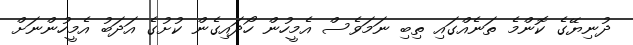
ދުނިޔޭގެ ކޮންމެ ތަނެއްގައި ތިބި ނަމަވެސް އެމީހުން ހޯދައިގެން ކުށުގެ އަދަބު އެމީހުންނަށް